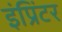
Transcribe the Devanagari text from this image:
इंप्रिंटर